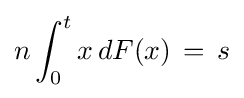
n\int _{0}^{t}x\,dF(x)\,=\,s